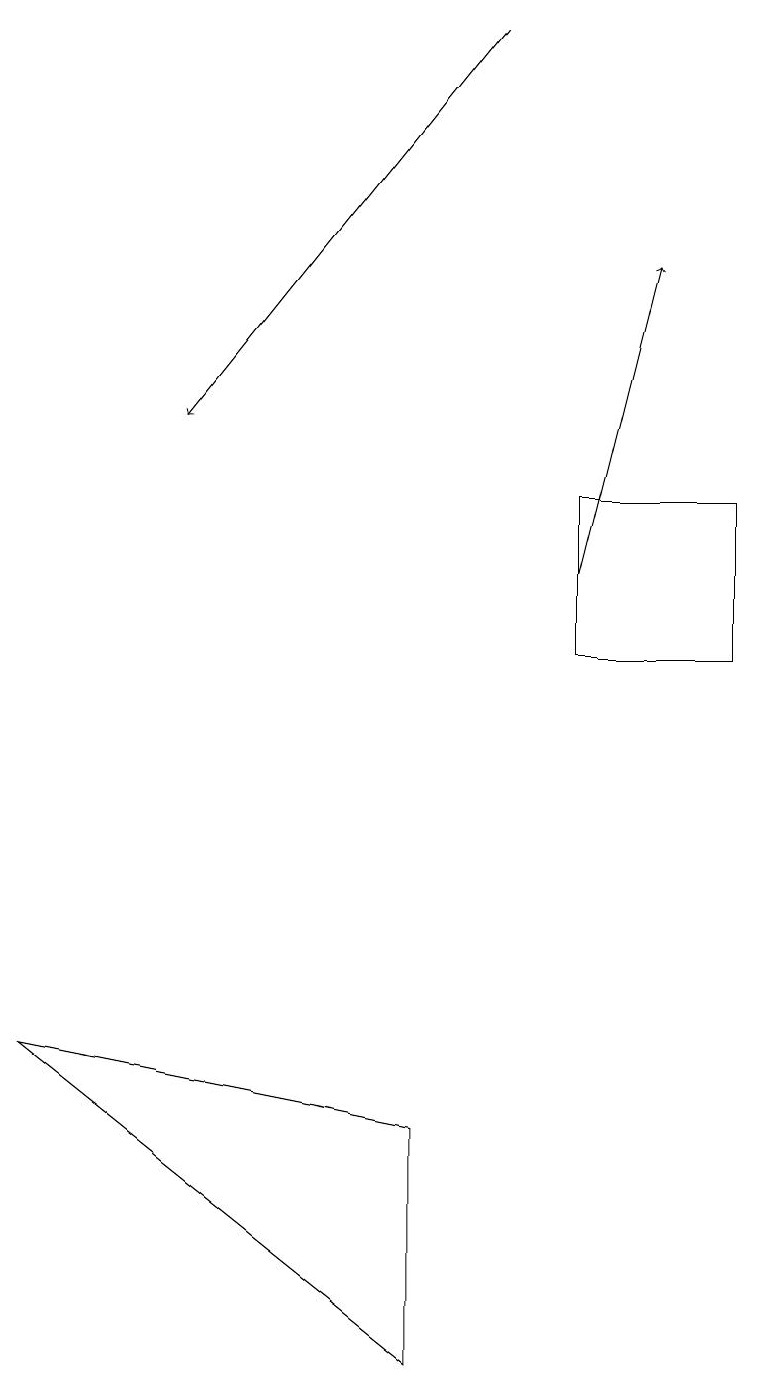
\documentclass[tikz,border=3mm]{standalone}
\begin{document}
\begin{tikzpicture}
\draw (9,13) rectangle (7,11);
\draw[->] (6,19) -- (2,14);
\draw (0,6) -- (5,5) -- (5,2) -- cycle;
\draw[->] (7,12) -- (8,16);
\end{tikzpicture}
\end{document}